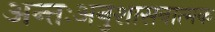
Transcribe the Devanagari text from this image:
अन्तःअनुशासनात्मक